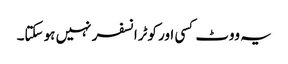
یہ ووٹ کسی اور کوٹرانسفر نہیں ہو سکتا۔